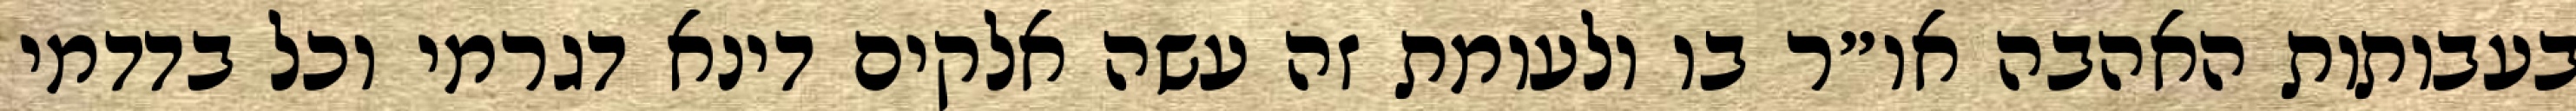
בעבותות האהבה או״ר בו ולעומת זה עשה אלקים דינא דגרמי וכל בדדמי